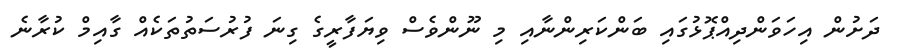
ދަށުން އިހަވަންދިއްޕޮޅުގައި ބަންކަރިންނާއި މި ނޫންވެސް ވިޔަފާރީގެ ގިނަ ފުރުސަތުތަކެއް ގާއިމް ކުރާނެ